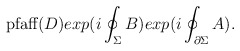
\begin{align*}\textup{pfaff}(D)exp(i\oint_{\Sigma}B)exp(i\oint_{\partial\Sigma}A) .\end{align*}